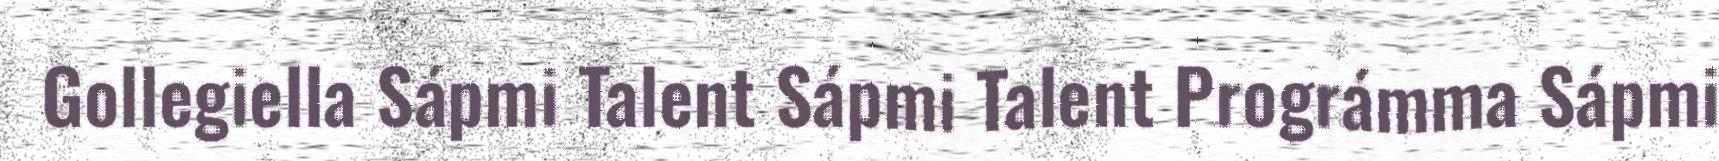
Gollegiella Sápmi Talent Sápmi Talent Prográmma Sápmi